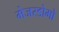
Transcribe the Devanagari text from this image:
मेजरडोमो